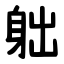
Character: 䠳